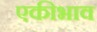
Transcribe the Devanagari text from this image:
एकीभाव